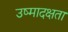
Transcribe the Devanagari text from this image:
उष्मादक्षता